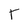
Character: T